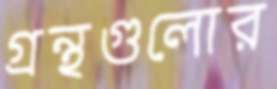
গ্রন্থগুলোর